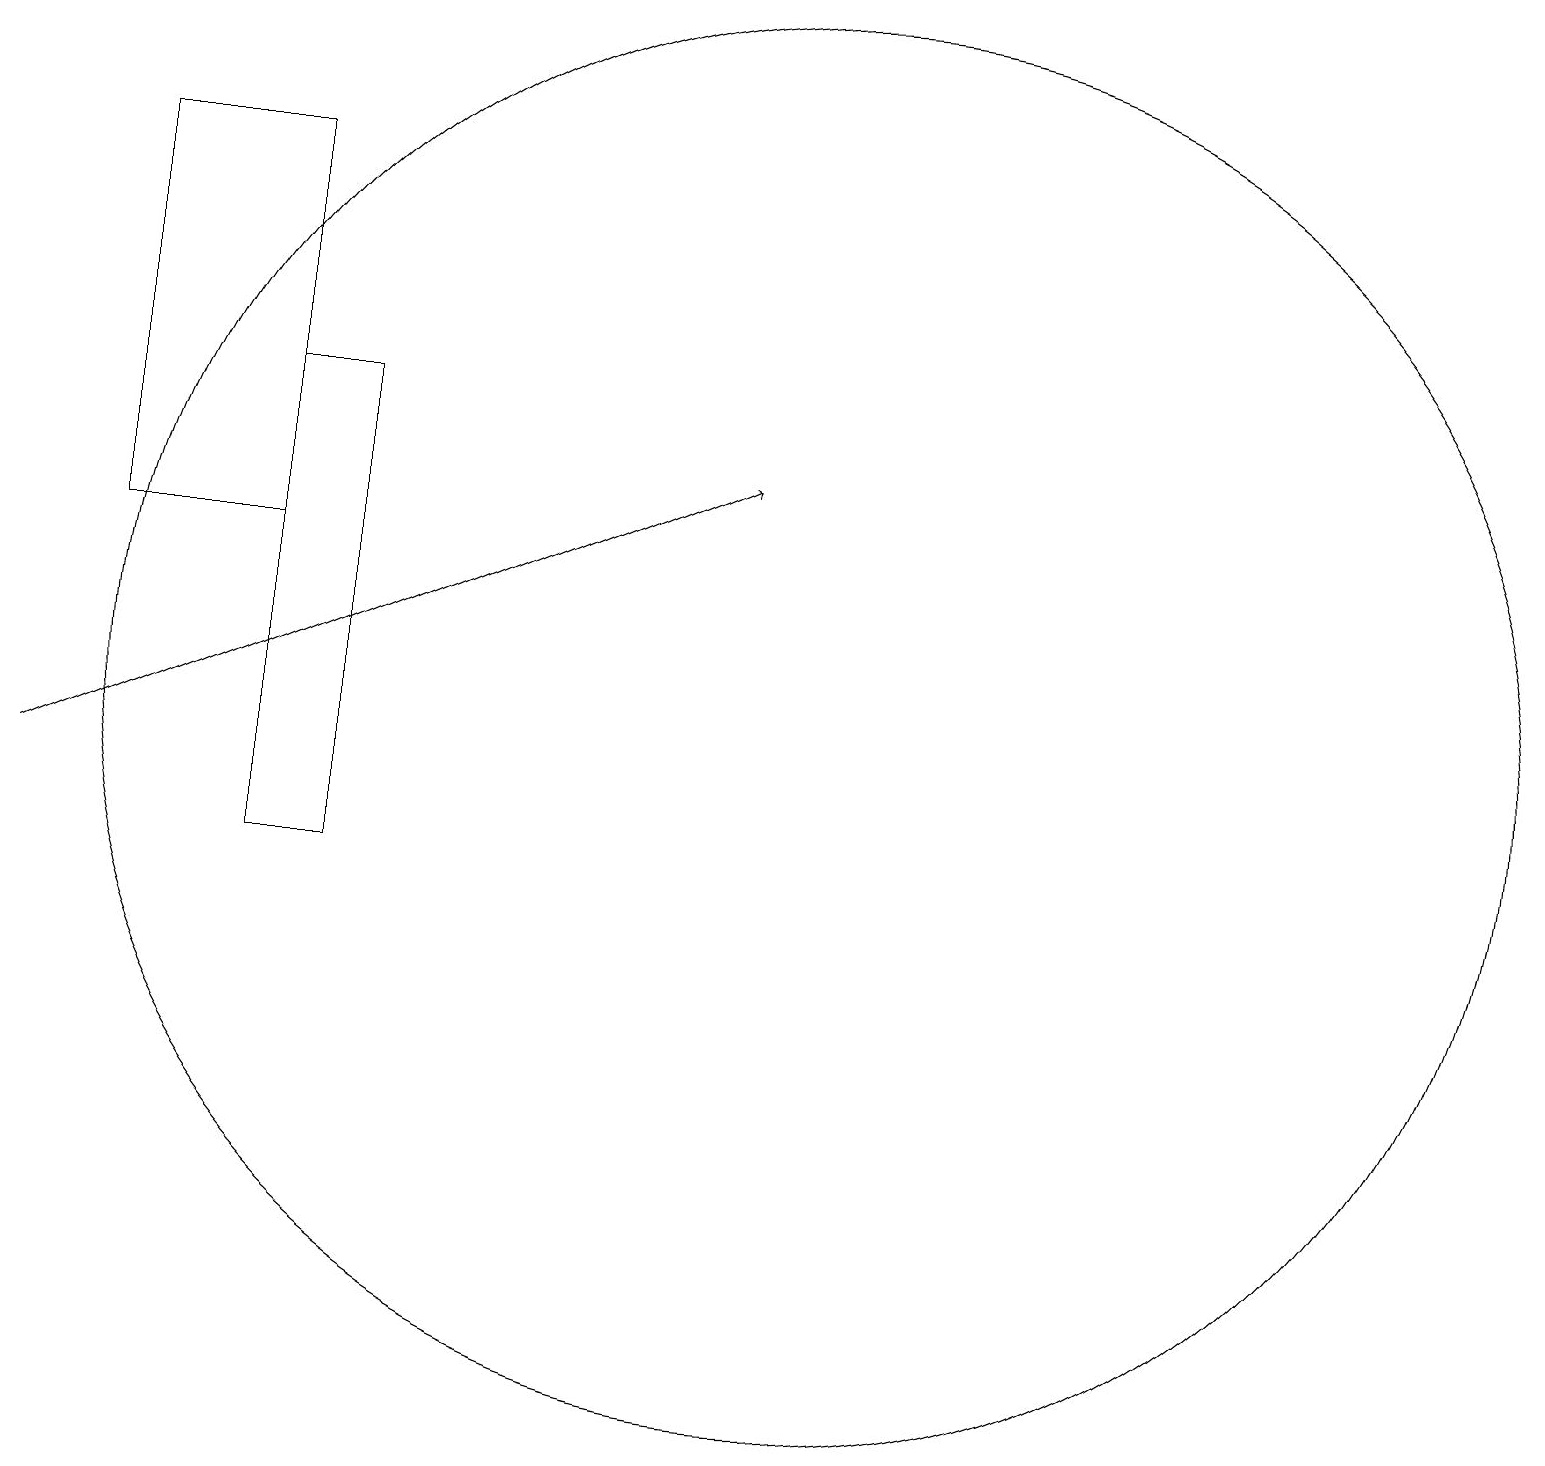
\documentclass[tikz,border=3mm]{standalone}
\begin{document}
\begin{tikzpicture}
\draw[->] (0,11) -- (9,15);
\draw (10,12) circle (9);
\draw (3,16) rectangle (4,10);
\draw (1,14) rectangle (3,19);
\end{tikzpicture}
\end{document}